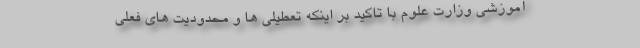
آموزشی وزارت علوم با تاکید بر اینکه تعطیلی ها و محدودیت های فعلی